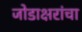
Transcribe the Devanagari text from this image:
जोडाक्षरांचा